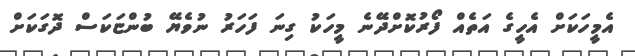
އެމީހަކަށް އެހީގެ އަތެއް ފޯރުކޮށްދޭނެ މީހަކު ގިނަ ފަހަރު ނުވެޔޭ ބުންޏަކަސް ދޮގަކަށް